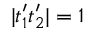
| t _ { 1 } ^ { \prime } t _ { 2 } ^ { \prime } | = 1